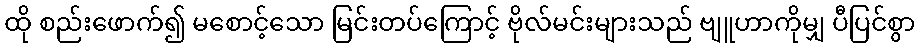
ထို စည်းဖောက်၍ မစောင့်သော မြင်းတပ်ကြောင့် ဗိုလ်မင်းများသည် ဗျူဟာကိုမျှ ပီပြင်စွာ